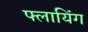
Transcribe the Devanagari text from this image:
फ्लायिंग